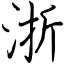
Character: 浙